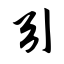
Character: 引